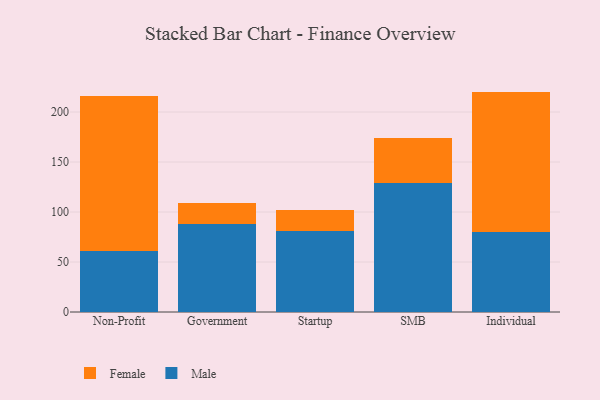
{"axis": {"x": "Segment", "y": "Humidity (%)"}, "legend": ["Female", "Male"], "data": [{"x": "Non-Profit", "y": 61.4, "type": "Male"}, {"x": "Non-Profit", "y": 154.9, "type": "Female"}, {"x": "Government", "y": 87.8, "type": "Male"}, {"x": "Government", "y": 21.4, "type": "Female"}, {"x": "Startup", "y": 81.3, "type": "Male"}, {"x": "Startup", "y": 21.1, "type": "Female"}, {"x": "SMB", "y": 129.3, "type": "Male"}, {"x": "SMB", "y": 44.5, "type": "Female"}, {"x": "Individual", "y": 79.8, "type": "Male"}, {"x": "Individual", "y": 140.6, "type": "Female"}]}